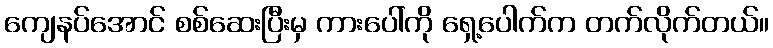
ကျေနပ်အောင် စစ်ဆေးပြီးမှ ကားပေါ်ကို ရှေ့ပေါက်က တက်လိုက်တယ်။